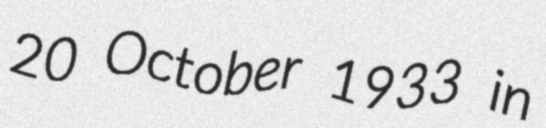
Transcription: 20 October 1933 in